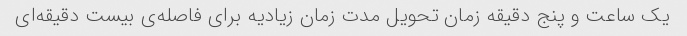
یک ساعت و پنج دقیقه زمان تحویل مدت زمان زیادیه برای فاصله‌ی بیست دقیقه‌ای